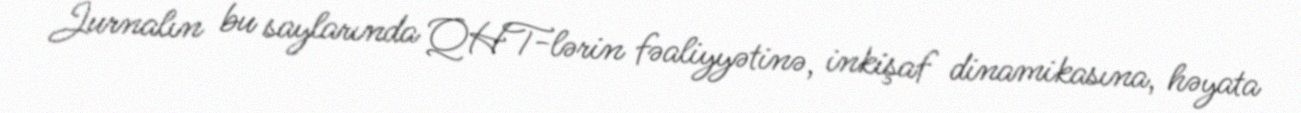
Jurnalın bu saylarında QHT-lərin fəaliyyətinə, inkişaf dinamikasına, həyata